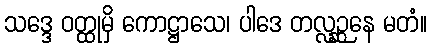
သဒ္ဒေ ဝတ္ထုမှိ ကောဋ္ဌာသေ၊ ပါဒေ တလ္လဉ္ဆနေ မတံ။